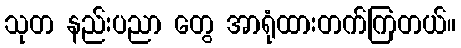
သုတ နည်းပညာ တွေ အာရုံထားတက်ကြတယ်။